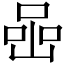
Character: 喦